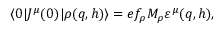
\langle 0 | J ^ { \mu } ( 0 ) | \rho ( q , h ) \rangle = e f _ { \rho } M _ { \rho } \varepsilon ^ { \mu } ( q , h ) ,